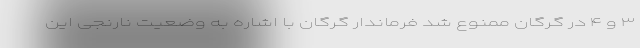
۳ و ۴ در گرگان ممنوع شد فرماندار گرگان با اشاره به وضعیت نارنجی این